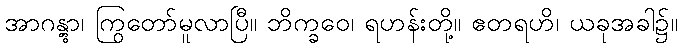
အာဂန္တွာ၊ ကြွတော်မူလာပြီ။ ဘိက္ခဝေ၊ ရဟန်းတို့။ ဧတရဟိ၊ ယခုအခါ၌။